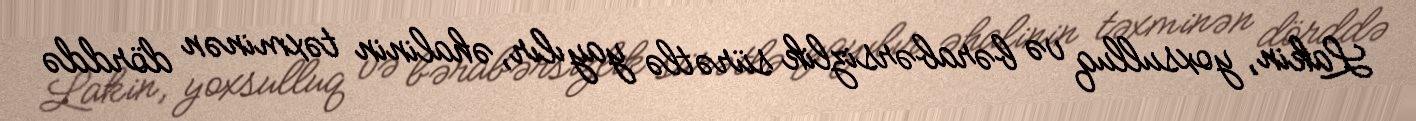
Lakin, yoxsulluq və bərabərsizlik sürətlə yayılır, əhalinin təxminən dörddə